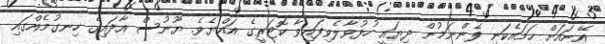
އޭނައަށް ހަމައެކަނި ފެންނަމުން ދިޔައީ ހުޅުވާލެވިފައިވާ ކޮޓަރީގެ އައްޔެވެ. ޔޫނުސް އާދައިގެ ހިނގުމެއްގައި